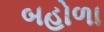
બહોળા